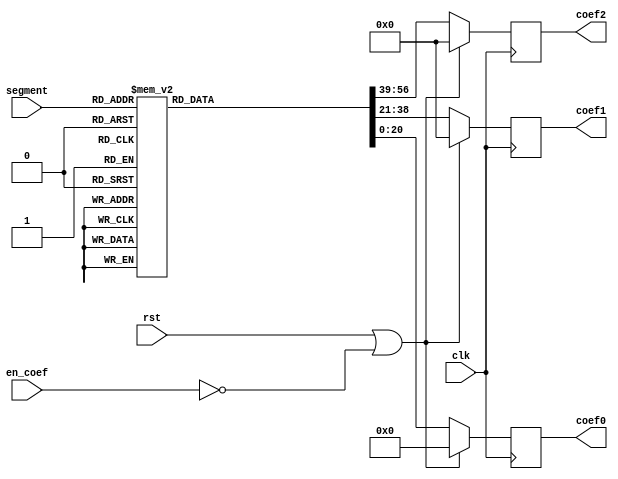
module ROM_coef(clk,rst,		// I: Global IO (clock, reset) 
			  en_coef,      // I: Module Enable signal
			  segment,    	// I: [6:0] Segment (Offset + ROM_trans)
			  coef0,        // O: [20:0] Coefficient 0
			  coef1,        // O: [17:0] Coefficient 1
			  coef2			// O: [17:0] Coefficient 2
			  );

input clk,rst;				// I: Global IO (clock, reset) 
input en_coef;      		// I: Module Enable signal
input [6:0]segment;    		// I: [6:0] Segment (Offset + ROM_trans)
output reg signed [20:0] coef0;	// O: [20:0] Coefficient 0
output reg signed [17:0] coef1;	// O: [17:0] Coefficient 1
output reg signed [17:0] coef2;	// O: [17:0] Coefficient 2

reg [56:0] coef_acc;

always@(*)
	case(segment)
		7'd0 : coef_acc =   57'b0011_11111110101100101___1011_11111010101100___001_000001101001110110;
		7'd1 : coef_acc =   57'b0011_11111111010110110___1011_11110001011100___001_000011110100111000;
		7'd2 : coef_acc =   57'b0011_11111111100100111___1011_11101001000011___001_000101111001110111;
		7'd3 : coef_acc =   57'b0011_11111111101011111___1011_11100000111001___001_000111111110000101;
		7'd4 : coef_acc =   57'b0011_11111111110000001___1011_11011000110101___001_001010000010100100;
		7'd5 : coef_acc =   57'b0011_11111111110010111___1011_11010000110011___001_001100000111101101;
		7'd6 : coef_acc =   57'b0011_11111111110100111___1011_11001000110011___001_001110001101100111;
		7'd7 : coef_acc =   57'b0011_11111111110110011___1011_11000000110100___001_010000010100011000;
		7'd8 : coef_acc =   57'b0011_11111111110111101___1011_10111000110110___001_010010011100000011;
		7'd9 : coef_acc =   57'b0011_11111111111000100___1011_10110000111000___001_010100100100101001;
		7'd10 : coef_acc =   57'b0011_11111111111001010___1011_10101000111010___001_010110101110001100;
		7'd11 : coef_acc =   57'b0011_11111111111001111___1011_10100000111101___001_011000111000101011;
		7'd12 : coef_acc =   57'b0011_11111111111010100___1011_10011001000000___001_011011000100001000;
		7'd13 : coef_acc =   57'b0011_11111111111010111___1011_10010001000011___001_011101010000100011;
		7'd14 : coef_acc =   57'b0011_11111111111011010___1011_10001001000110___001_011111011101111011;
		7'd15 : coef_acc =   57'b0011_11111111111011101___1011_10000001001001___001_100001101100010010;
		7'd16 : coef_acc =   57'b0011_11111111111100000___1011_01111001001101___001_100011111011100111;
		7'd17 : coef_acc =   57'b0011_11111111111100010___1011_01110001010000___001_100110001011111011;
		7'd18 : coef_acc =   57'b0011_11111111111100100___1011_01101001010100___001_101000011101001101;
		7'd19 : coef_acc =   57'b0011_11111111111100101___1011_01100001010111___001_101010101111011110;
		7'd20 : coef_acc =   57'b0011_11111111111100111___1011_01011001011011___001_101101000010101101;
		7'd21 : coef_acc =   57'b0011_11111111111101000___1011_01010001011110___001_101111010110111100;
		7'd22 : coef_acc =   57'b0011_11111111111101010___1011_01001001100010___001_110001101100001000;
		7'd23 : coef_acc =   57'b0011_11111111111101011___1011_01000001100110___001_110100000010010100;
		7'd24 : coef_acc =   57'b0011_11111111111101100___1011_00111001101001___001_110110011001011111;
		7'd25 : coef_acc =   57'b0011_11111111111101101___1011_00110001101101___001_111000110001101000;
		7'd26 : coef_acc =   57'b0011_11111111111101110___1011_00101001110001___001_111011001010110000;
		7'd27 : coef_acc =   57'b0011_11111111111101111___1011_00100001110100___001_111101100100111000;
		7'd28 : coef_acc =   57'b0011_11111111111101111___1011_00011001111000___001_111111111111111110;
		7'd29 : coef_acc =   57'b0011_11111111111110000___1011_00010001111100___010_000010011100000010;
		7'd30 : coef_acc =   57'b0011_11111111111110001___1011_00001010000000___010_000100111001000110;
		7'd31 : coef_acc =   57'b0011_11111111111110001___1011_00000010000100___010_000111010111001001;
		7'd32 : coef_acc =   57'b0011_11111111111110010___1010_11111010000111___010_001001110110001011;
		7'd33 : coef_acc =   57'b0011_11111111111110011___1010_11110010001011___010_001100010110001011;
		7'd34 : coef_acc =   57'b0011_11111111111110011___1010_11101010001111___010_001110110111001011;
		7'd35 : coef_acc =   57'b0011_11111111111110100___1010_11100010010011___010_010001011001001001;
		7'd36 : coef_acc =   57'b0011_11111111111110100___1010_11011010010111___010_010011111100000111;
		7'd37 : coef_acc =   57'b0011_11111111111110101___1010_11010010011011___010_010110100000000011;
		7'd38 : coef_acc =   57'b0011_11111111111110101___1010_11001010011110___010_011001000100111111;
		7'd39 : coef_acc =   57'b0011_11111111111110101___1010_11000010100010___010_011011101010111001;
		7'd40 : coef_acc =   57'b0011_11111111111110110___1010_10111010100110___010_011110010001110010;
		7'd41 : coef_acc =   57'b0011_11111111111110110___1010_10110010101010___010_100000111001101010;
		7'd42 : coef_acc =   57'b0011_11111111111110110___1010_10101010101110___010_100011100010100010;
		7'd43 : coef_acc =   57'b0011_11111111111110111___1010_10100010110010___010_100110001100011000;
		7'd44 : coef_acc =   57'b0011_11111111111110111___1010_10011010110110___010_101000110111001101;
		7'd45 : coef_acc =   57'b0011_11111111111110111___1010_10010010111010___010_101011100011000001;
		7'd46 : coef_acc =   57'b0011_11111111111111000___1010_10001010111101___010_101110001111110101;
		7'd47 : coef_acc =   57'b0011_11111111111111000___1010_10000011000001___010_110000111101100111;
		7'd48 : coef_acc =   57'b0011_11111111111111000___1010_01111011000101___010_110011101100011000;
		7'd49 : coef_acc =   57'b0011_11111111111111000___1010_01110011001001___010_110110011100001000;
		7'd50 : coef_acc =   57'b0011_11111111111111000___1010_01101011001101___010_111001001100110111;
		7'd51 : coef_acc =   57'b0011_11111111111111001___1010_01100011010001___010_111011111110100101;
		7'd52 : coef_acc =   57'b0011_11111111111111001___1010_01011011010101___010_111110110001010010;
		7'd53 : coef_acc =   57'b0011_11111111111111001___1010_01010011011001___0011_000001100100111110;
		7'd54 : coef_acc =   57'b0011_11111111111111001___1010_01001011011101___0011_000100011001101001;
		7'd55 : coef_acc =   57'b0011_11111111111111001___1010_01000011100001___0011_000111001111010100;
		7'd56 : coef_acc =   57'b0011_11111111111111010___1010_00111011100101___0011_001010000101111101;
		7'd57 : coef_acc =   57'b0011_11111111111111010___1010_00110011101000___0011_001100111101100101;
		7'd58 : coef_acc =   57'b0011_11111111111111010___1010_00101011101100___0011_001111110110001100;
		7'd59 : coef_acc =   57'b0011_11111111111111010___1010_00100011110000___0011_010010101111110010;
		7'd60 : coef_acc =   57'b0011_11111111111111010___1010_00011011110100___0011_010101101010010111;
		7'd61 : coef_acc =   57'b0011_11111111111111010___1010_00010011111000___0011_011000100101111011;
		7'd62 : coef_acc =   57'b0011_11111111111111011___1010_00001011111100___0011_011011100010011110;
		7'd63 : coef_acc =   57'b0011_11111111111111011___1010_00000100000000___0011_011110100000000000;
		7'd64 : coef_acc =   57'b0011_11111111111111011___1001_11111100000100___0011_100001011110100001;
		7'd65 : coef_acc =   57'b0011_11111111111111011___1001_11110100001000___0011_100100011110000001;
		7'd66 : coef_acc =   57'b0011_11111111111111011___1001_11101100001100___0011_100111011110100000;
		7'd67 : coef_acc =   57'b0011_11111111111111011___1001_11100100010000___0011_101010011111111111;
		7'd68 : coef_acc =   57'b0011_11111111111111011___1001_11011100010100___0011_101101100010011100;
		7'd69 : coef_acc =   57'b0011_11111111111111011___1001_11010100011000___0011_110000100101111000;
		7'd70 : coef_acc =   57'b0011_11111111111111100___1001_11001100011100___0011_110011101010010011;
		7'd71 : coef_acc =   57'b0011_11111111111111100___1001_11000100011111___0011_110110101111101101;
		7'd72 : coef_acc =   57'b0011_11111111111111100___1001_10111100100011___0011_111001110110000110;
		7'd73 : coef_acc =   57'b0011_11111111111111100___1001_10110100100111___0011_111100111101011110;
		7'd74 : coef_acc =   57'b0011_11111111111111100___1001_10101100101011___0100_000000000101110101;
		7'd75 : coef_acc =   57'b0011_11111111111111100___1001_10100100101111___0100_000011001111001011;
		7'd76 : coef_acc =   57'b0011_11111111111111100___1001_10011100110011___0100_000110011001100001;
		7'd77 : coef_acc =   57'b0011_11111111111111100___1001_10010100110111___0100_001001100100110101;
		7'd78 : coef_acc =   57'b0011_11111111111111100___1001_10001100111011___0100_001100110001001000;
		7'd79 : coef_acc =   57'b0011_11111111111111100___1001_10000100111111___0100_001111111110011010;
		7'd80 : coef_acc =   57'b0011_11111111111111100___1001_01111101000011___0100_010011001100101011;
		7'd81 : coef_acc =   57'b0011_11111111111111100___1001_01110101000111___0100_010110011011111011;
		7'd82 : coef_acc =   57'b0011_11111111111111101___1001_01101101001011___0100_011001101100001010;
		7'd83 : coef_acc =   57'b0011_11111111111111101___1001_01100101001111___0100_011100111101011001;
		7'd84 : coef_acc =   57'b0011_11111111111111101___1001_01011101010011___0100_100000001111100110;
		7'd85 : coef_acc =   57'b0011_11111111111111101___1001_01010101010111___0100_100011100010110010;
		7'd86 : coef_acc =   57'b0011_11111111111111101___1001_01001101011011___0100_100110110110111101;
		7'd87 : coef_acc =   57'b0011_11111111111111101___1001_01000101011111___0100_101010001100000111;
		7'd88 : coef_acc =   57'b0011_11111111111111101___1001_00111101100011___0100_101101100010010001;
		7'd89 : coef_acc =   57'b0011_11111111111111101___1001_00110101100110___0100_110000111001011001;
		7'd90 : coef_acc =   57'b0011_11111111111111101___1001_00101101101010___0100_110100010001100000;
		7'd91 : coef_acc =   57'b0011_11111111111111101___1001_00100101101110___0100_110111101010100110;
		7'd92 : coef_acc =   57'b0011_11111111111111101___1001_00011101110010___0100_111011000100101011;
		7'd93 : coef_acc =   57'b0011_11111111111111101___1001_00010101110110___0100_111110011111110000;
		7'd94 : coef_acc =   57'b0011_11111111111111101___1001_00001101111010___0101_000001111011110011;
		7'd95 : coef_acc =   57'b0011_11111111111111101___1001_00000101111110___0101_000101011000110101;
		7'd96 : coef_acc =   57'b0011_11111111111111101___1000_11111110000010___0101_001000110110110110;
		7'd97 : coef_acc =   57'b0011_11111111111111101___1000_11110110000110___0101_001100010101110111;
		7'd98 : coef_acc =   57'b0011_11111111111111101___1000_11101110001010___0101_001111110101110110;
		7'd99 : coef_acc =   57'b0011_11111111111111101___1000_11100110001110___0101_010011010110110100;
		7'd100 : coef_acc =   57'b0011_11111111111111110___1000_11011110010010___0101_010110111000110010;
		7'd101 : coef_acc =   57'b0011_11111111111111110___1000_11010110010110___0101_011010011011101110;
		7'd102 : coef_acc =   57'b0011_11111111111111110___1000_11001110011010___0101_011101111111101001;
		7'd103 : coef_acc =   57'b0011_11111111111111110___1000_11000110011110___0101_100001100100100100;
		7'd104 : coef_acc =   57'b0011_11111111111111110___1000_10111110100010___0101_100101001010011101;
		7'd105 : coef_acc =   57'b0011_11111111111111110___1000_10110110100110___0101_101000110001010101;
		7'd106 : coef_acc =   57'b0011_11111111111111110___1000_10101110101010___0101_101100011001001101;
		7'd107 : coef_acc =   57'b0011_11111111111111110___1000_10100110101110___0101_110000000010000011;
		7'd108 : coef_acc =   57'b0011_11111111111111110___1000_10011110110010___0101_110011101011111000;
		7'd109 : coef_acc =   57'b0011_11111111111111110___1000_10010110110110___0101_110111010110101101;
		7'd110 : coef_acc =   57'b0011_11111111111111110___1000_10001110111010___0101_111011000010100000;
		7'd111 : coef_acc =   57'b0011_11111111111111110___1000_10000110111101___0101_111110101111010011;
		7'd112 : coef_acc =   57'b0011_11111111111111110___1000_01111111000001___0110_000010011101000100;
		7'd113 : coef_acc =   57'b0011_11111111111111110___1000_01110111000101___0110_000110001011110100;
		7'd114 : coef_acc =   57'b0011_11111111111111110___1000_01101111001001___0110_001001111011100100;
		7'd115 : coef_acc =   57'b0011_11111111111111110___1000_01100111001101___0110_001101101100010010;
		7'd116 : coef_acc =   57'b0011_11111111111111110___1000_01011111010001___0110_010001011110000000;
		7'd117 : coef_acc =   57'b0011_11111111111111110___1000_01010111010101___0110_010101010000101100;
		7'd118 : coef_acc =   57'b0011_11111111111111110___1000_01001111011001___0110_011001000100011000;
		7'd119 : coef_acc =   57'b0011_11111111111111110___1000_01000111011101___0110_011100111001000010;
		7'd120 : coef_acc =   57'b0011_11111111111111110___1000_00111111100001___0110_100000101110101100;
		7'd121 : coef_acc =   57'b0011_11111111111111110___1000_00110111100101___0110_100100100101010100;
		7'd122 : coef_acc =   57'b0011_11111111111111110___1000_00101111101001___0110_101000011100111100;
		7'd123 : coef_acc =   57'b0011_11111111111111110___1000_00100111101101___0110_101100010101100010;
		7'd124 : coef_acc =   57'b0011_11111111111111110___1000_00011111110001___0110_110000001111001000;
		7'd125 : coef_acc =   57'b0011_11111111111111110___1000_00010111110101___0110_110100001001101100;
		7'd126 : coef_acc =   57'b0011_11111111111111110___1000_00001111111001___0110_111000000101010000;
		7'd127 : coef_acc =   57'b0011_11111111111111110___1000_00000111111101___0110_111100000001110010;

endcase

always@(posedge clk)
	if(rst | ~en_coef)
		begin
			coef0<=21'd0;
			coef1<=18'd0;
			coef2<=18'd0;
		end
	else
		begin
			coef0<=coef_acc[20:0];
			coef1<=coef_acc[38:21];
		   coef2<=coef_acc[56:39];
		end

endmodule